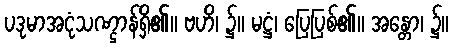
ပဒုမာအငုံသဏ္ဌာန်ရှိ၏။ ဗဟိ၊ ၌။ မဋ္ဌံ၊ ပြေပြစ်၏။ အန္တော၊ ၌။